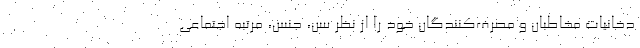
دخانیات مخاطبان و مصرف‌کنندگان خود را از نظر سن، جنس، مرتبه اجتماعی